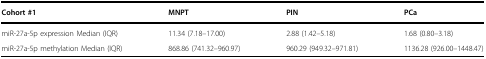
| Cohort #1 | MNPT | PIN | PCa |
 | --- | --- | --- | --- |
 | miR-27a-5p expression Median (IQR) | 11.34 (7.18–17.00) | 2.88 (1.42–5.18) | 1.68 (0.80–3.18) |
 | miR-27a-5p methylation Median (IQR) | 868.86 (741.32–960.97) | 960.29 (949.32–971.81) | 1136.28 (926.00–1448.47) |